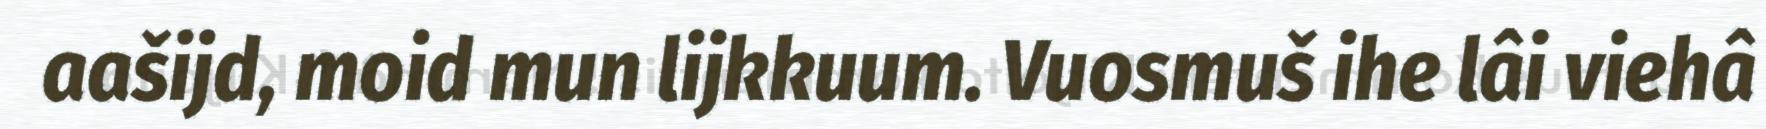
aašijd, moid mun lijkkuum. Vuosmuš ihe lâi viehâ